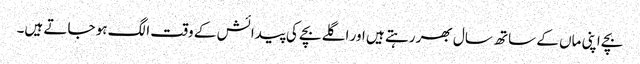
بچے اپنی ماں کے ساتھ سال بھر رہتے ہیں اور اگلے بچے کی پیدائش کے وقت الگ ہو جاتے ہیں۔